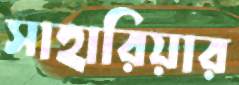
সাহারিয়ার